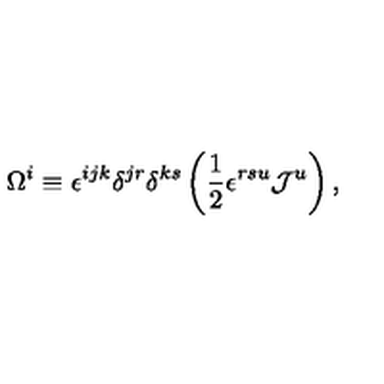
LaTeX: \Omega ^ { i } \equiv \epsilon ^ { i j k } \delta ^ { j r } \delta ^ { k s } \left( \frac { 1 } { 2 } \epsilon ^ { r s u } { \cal J } ^ { u } \right) ,